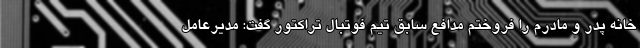
خانه پدر و مادرم را فروختم مدافع سابق تیم فوتبال تراکتور گفت: مدیرعامل